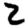
Digit: 2